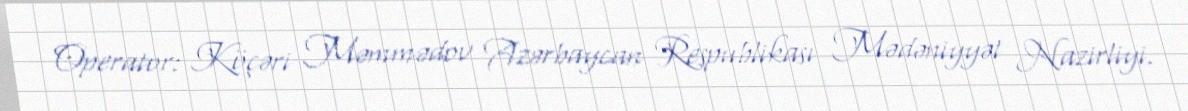
Operator: Köçəri Məmmədov Azərbaycan Respublikası Mədəniyyət Nazirliyi.